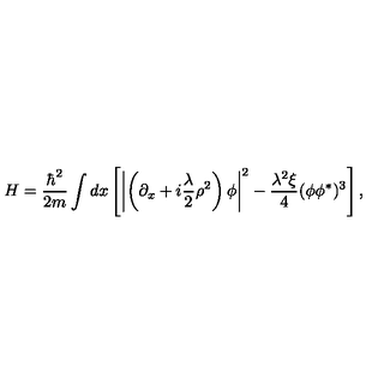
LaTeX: H = \frac { \hbar ^ { 2 } } { 2 m } \int d x \left[ \left| \left( \partial _ { x } + i { \frac { \lambda } { 2 } } \rho ^ { 2 } \right) \phi \right| ^ { 2 } - \frac { \lambda ^ { 2 } \xi } { 4 } ( \phi \phi ^ { * } ) ^ { 3 } \right] ,